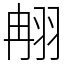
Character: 䎃